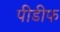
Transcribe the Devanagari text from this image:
पीडीफ